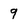
Character: 9